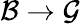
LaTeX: {\mathcal{B}}\to{\mathcal{G}}